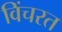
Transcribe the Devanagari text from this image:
विंचरत